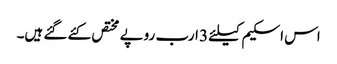
اس اسکیم کیلئے 3 ارب روپے مختص کئے گئے ہیں۔